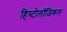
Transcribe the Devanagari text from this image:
हिस्टोलॉजिकल